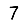
Digit: 7